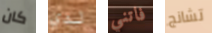
كان لدي فاتني تشانج